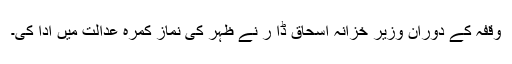
وقفہ کے دوران وزیر خزانہ اسحاق ڈا ر نے ظہر کی نماز کمرہ عدالت میں ادا کی۔